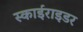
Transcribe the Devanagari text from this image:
स्काईराइडर